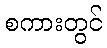
စကားတွင်